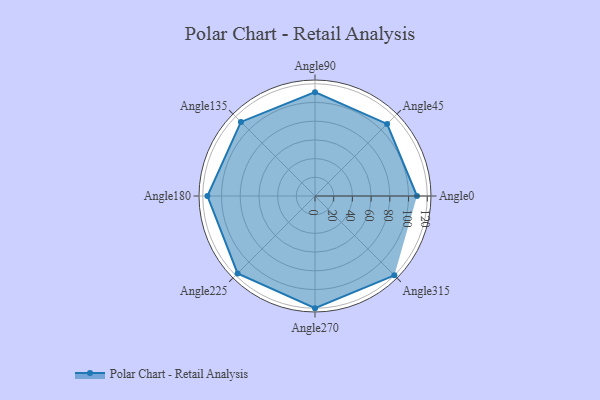
{"axis": {"x": "Angle", "y": "Radius"}, "legend": [""], "data": [{"x": "Angle0", "y": 109.0, "type": ""}, {"x": "Angle45", "y": 109.0, "type": ""}, {"x": "Angle90", "y": 111.0, "type": ""}, {"x": "Angle135", "y": 112.0, "type": ""}, {"x": "Angle180", "y": 115.0, "type": ""}, {"x": "Angle225", "y": 117.0, "type": ""}, {"x": "Angle270", "y": 120.0, "type": ""}, {"x": "Angle315", "y": 120.0, "type": ""}]}